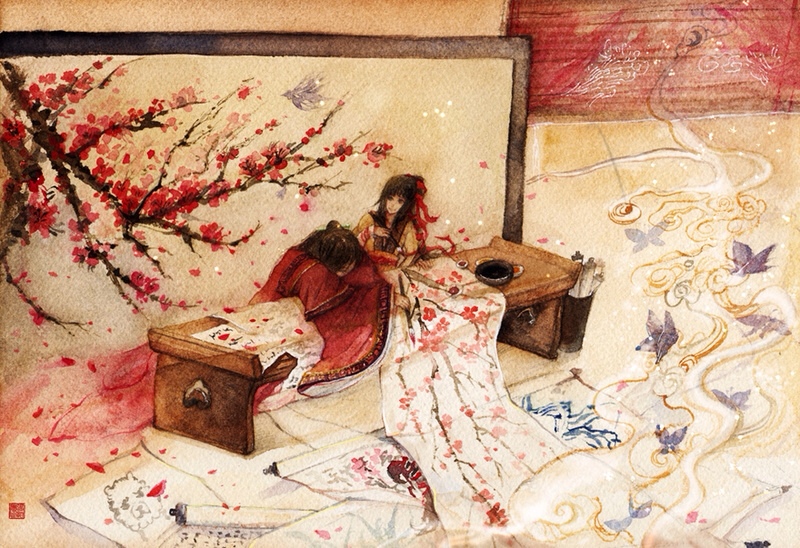
桂叶双眉久不描，残妆和泪污红绡。